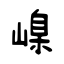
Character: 嵲